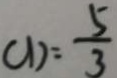
C D = \frac { 5 } { 3 }